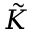
\tilde { K }